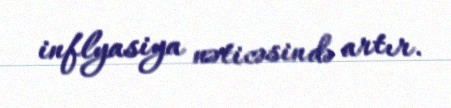
inflyasiya nəticəsində artır.